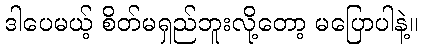
ဒါပေမယ့် စိတ်မရှည်ဘူးလို့တော့ မပြောပါနဲ့။